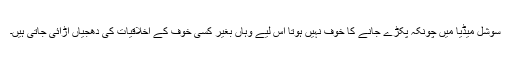
سوشل میڈیا میں چونکہ پکڑے جانے کا خوف نہیں ہوتا اس لیے وہاں بغیر کسی خوف کے اخلاقیات کی دھجیاں اڑائی جاتی ہیں۔